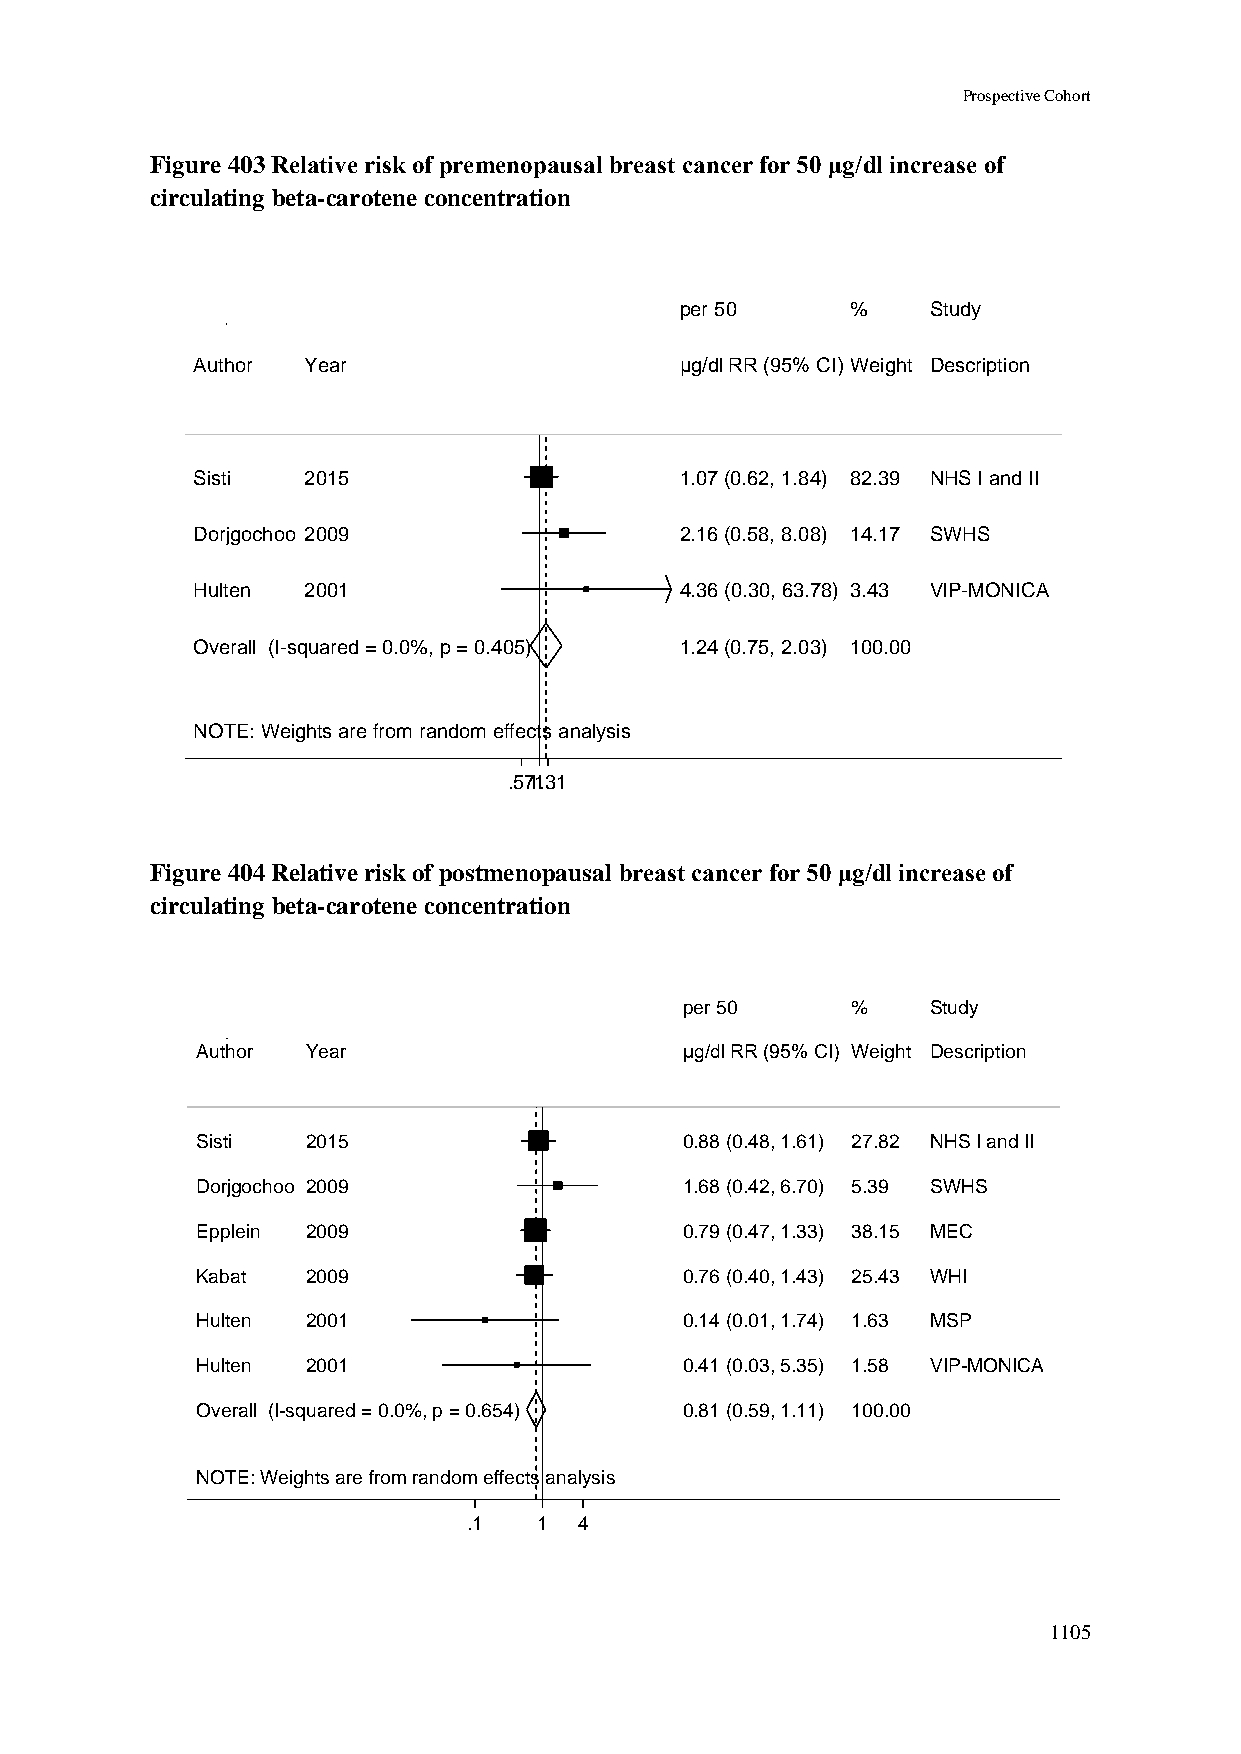
Prospective Cohort
 Figure 403 Relative risk of premenopausal breast cancer for 50 μg/dl increase of
 circulating beta-carotene concentration
 ppeerr 5500 %%   Study
 Author Year                     µµgg//ddll RRRR ((9955%% CCII)) WWeeiigghhtt Description
 Sisti  2015                     11..0077 ((00..6622,, 11..8844)) 8822..3399 NHS I and II
 Dorjgochoo 2009                 22..1166 ((00..5588,, 88..0088)) 1144..1177 SWHS
 Hulten 2001                     44..3366 ((00..3300,, 6633..7788)) 33..4433 VIP-MONICA
 Overall (I-squared = 0.0%, p = 0.405) 11..2244 ((00..7755,, 22..0033)) 110000..0000
 NOTE: Weights are from random effects analysis
 .57111.31
 Figure 404 Relative risk of postmenopausal breast cancer for 50 μg/dl increase of
 circulating beta-carotene concentration
 ppeerr 5500 %%   Study
 Author Year                     µµgg//ddll RRRR ((9955%% CCII)) WWeeiigghhtt Description
 Sisti  2015                     00..8888 ((00..4488,, 11..6611)) 2277..8822 NHS I and II
 Dorjgochoo 2009                 11..6688 ((00..4422,, 66..7700)) 55..3399 SWHS
 Epplein 2009                    00..7799 ((00..4477,, 11..3333)) 3388..1155 MEC
 Kabat  2009                     00..7766 ((00..4400,, 11..4433)) 2255..4433 WHI
 Hulten 2001                     00..1144 ((00..0011,, 11..7744)) 11..6633 MSP
 Hulten 2001                     00..4411 ((00..0033,, 55..3355)) 11..5588 VIP-MONICA
 Overall (I-squared = 0.0%, p = 0.654) 00..8811 ((00..5599,, 11..1111)) 110000..0000
 NOTE: Weights are from random effects analysis
 .1   11 4
 1105